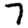
Digit: 7